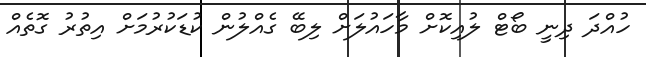
ހުއްދަ ދިނީ ބޯޓް ލުއިކޮށް މާހައުލަށް ލިބޭ ގެއްލުން ކުޑަކުރުމަށް އިތުރު ގޮތެއް